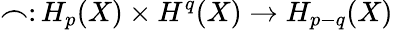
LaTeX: \frown\colon H_{p}(X)\times H^{q}(X)\to H_{p-q}(X)